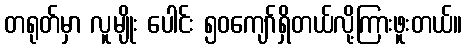
တရုတ်မှာ လူမျိုး ပေါင်း ၅၀ကျော်ရှိတယ်လို့ကြားဖူးတယ်။